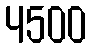
4500